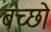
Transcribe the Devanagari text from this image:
बच्छो